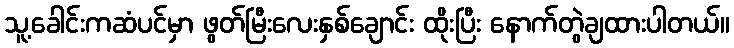
သူ့ခေါင်းကဆံပင်မှာ ဖွတ်မြီးလေးနှစ်ချောင်း ထိုးပြီး နောက်တွဲချထားပါတယ်။